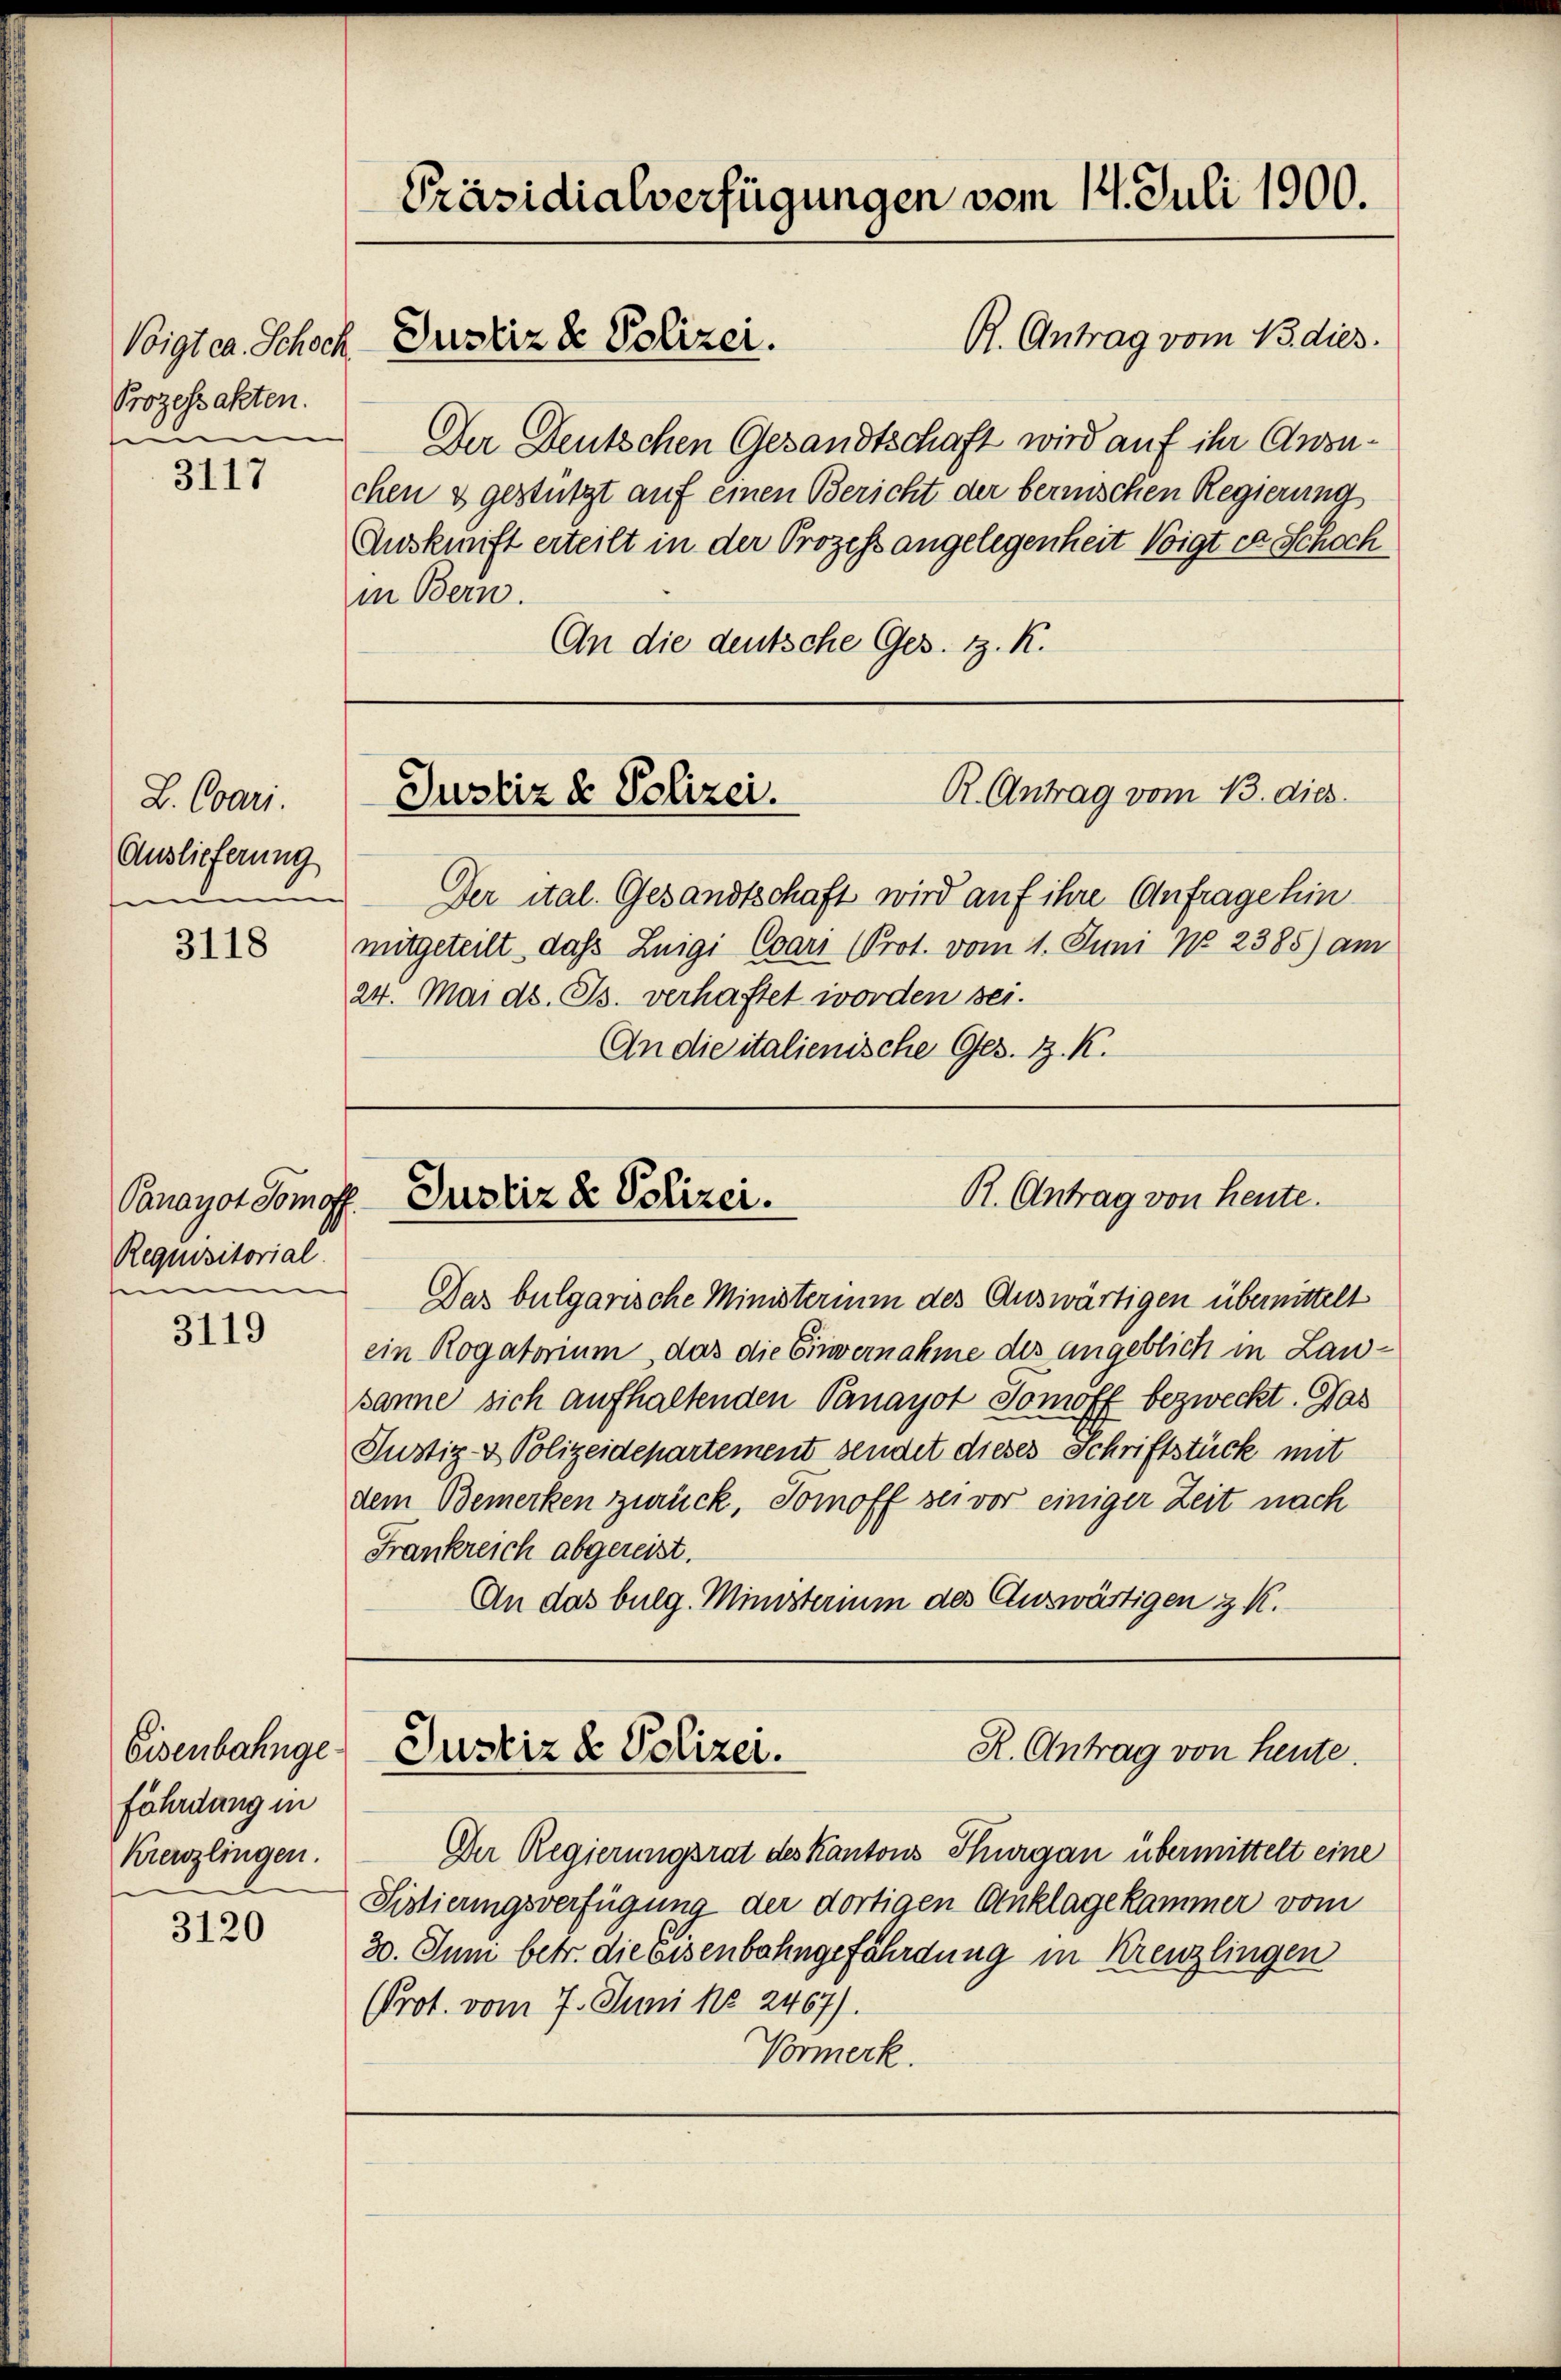
Prozessakten.
e

3117

L. Cari.
Auslieferung
e

3118

Panayot Tomoff
Requisitorial
e

3119

Eisenbahngefährdung in
Kreuzlingen.

3120

Präsidialverfügungen vom 14. Juli 1900.

Der Deutschen Gesandtschaft wird auf ihr Ansuchen & gestützt auf einen Bericht der bernischen Regierung
Auskunft erteilt in der Prozess angelegenheit Voigt es Schoch
in Bern.
An die deutsche Ges. z. K.

Voigt ca. Schoch Justiz & Polizei.

R. Antrag vom 15. dies

R. Antrag vom 13. dies
Justiz & Polizei.

Der ital. Gesandtschaft wird auf ihre Anfrage hin
mitgeteilt, dass Luigi Cari (Prot. vom 1. Juni No 2385) am
24. Mai d. Js. verhaftet worden sei.
An die italienische Ges. Z. K.

R. Antrag von heute.
Justiz & Polizei.

Das bulgarische Ministerium des Auswärtigen übermittelt
ein Rogatorium, das die Einvernahme des angeblich in Lausanne sich aufhaltenden Pernayot Tomoff bezweckt. Das
Justiz- & Polizeidepartement sendet dieses Schriftstück mit
dem Bemerken zurück, Tomoff sei vor einiger Zeit nach
Frankreich abgereist.
An das bulg. Ministerium des Auswärtigen & K.

R. Antrag von heute.
Justiz & Polizei.

Der Regierungsrat des Kantons Thurgau übermittelt eine
Sistierungsverfügung der dortigen Anklagekammer vom
30. Juni betr. die Eisenbahngefährdung in Kreuzlingen
(Prot. vom 7. Juni No 2467).
Vormerk.